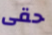
حقى